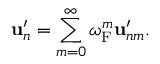
{ \bf { u } } _ { n } ^ { \prime } = \sum _ { m = 0 } ^ { \infty } \omega _ { \mathrm { { F } } } ^ { m } { \bf { u } } _ { n m } ^ { \prime } .